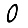
Digit: 0